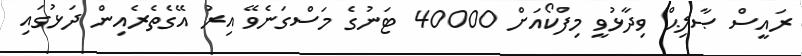
ރައީސް ޞާލިޙް ވިދާޅުވީ މިފްކޯއަށް 40000 ޓަނުގެ މަސްގަނެވޭ އިރު އޭގެތެރެއިން ދަޅުގައި